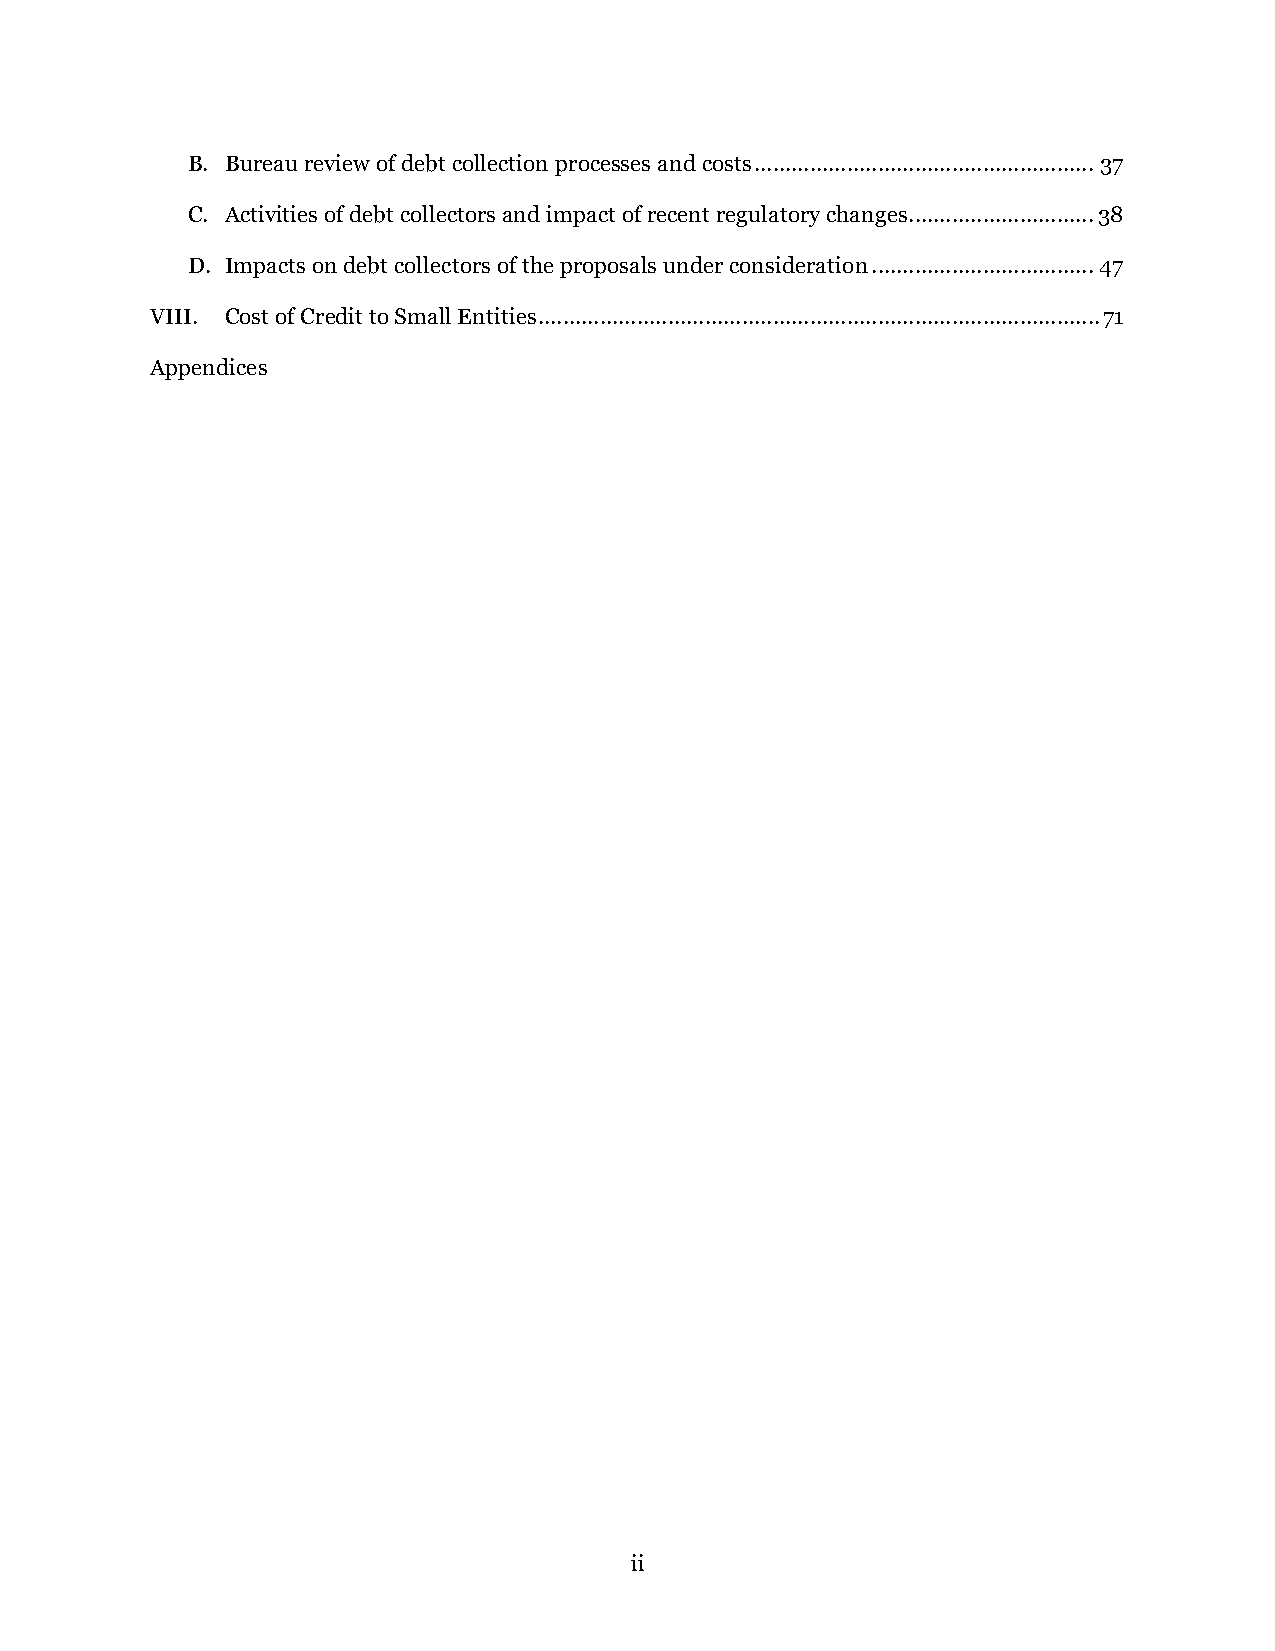
B. Bureau review of debt collection processes and costs ....................................................... 37
 C. Activities of debt collectors and impact of recent regulatory changes .............................. 38
 D. Impacts on debt collectors of the proposals under consideration .................................... 47
 VIII. Cost of Credit to Small Entities ........................................................................................... 71
 Appendices
 ii